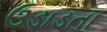
ઉડાડતા